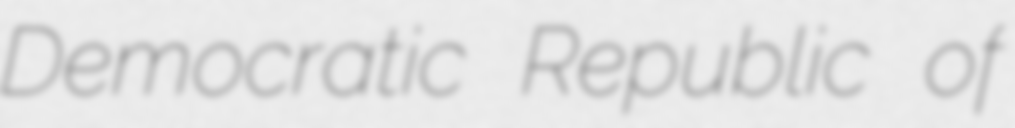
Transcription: Democratic Republic of